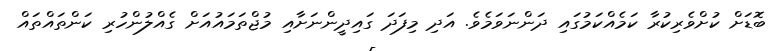
ބޮޑަށް ކުށްވެރިކުރާ ކަމެއްކަމުގައި ދަންނަވަމެވެ. އަދި މިފަދަ ގައިދީންނަށާއި މުޖްތަމައުއަށް ގެއްލުންހުރި ކަންތައްތައް